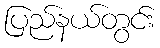
ပြည်နယ်တွင်း